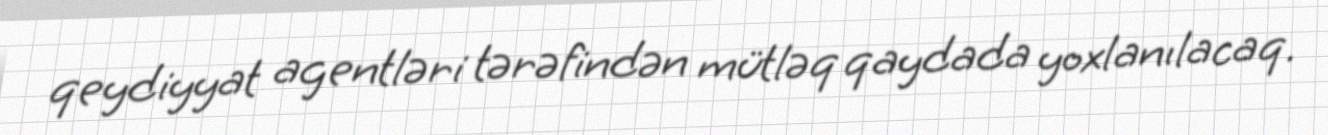
qeydiyyat agentləri tərəfindən mütləq qaydada yoxlanılacaq.